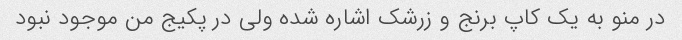
در منو به یک کاپ برنج و زرشک اشاره شده ولی در پکیج من موجود نبود